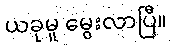
ယခုမူ မွေးလာပြီ။